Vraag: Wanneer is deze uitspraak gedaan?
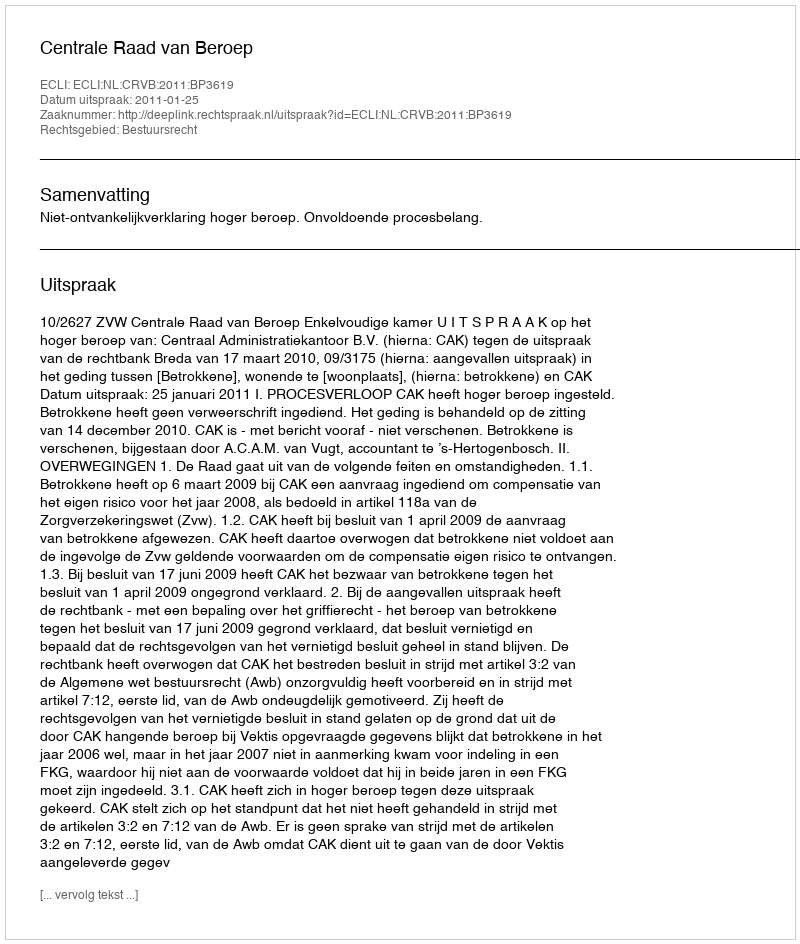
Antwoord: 2011-01-25